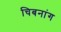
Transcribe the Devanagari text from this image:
चिबनांग